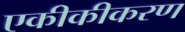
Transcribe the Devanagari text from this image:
एकीकीकरण